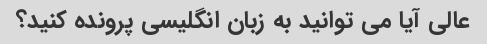
عالی آیا می توانید به زبان انگلیسی پرونده کنید؟